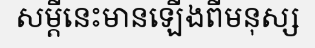
សម្តីនេះមានឡើងពីមនុស្ស